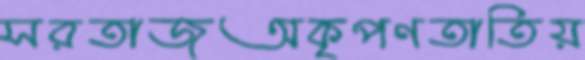
সরতাজঅকৃপণতাতিয়